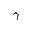
\gamma